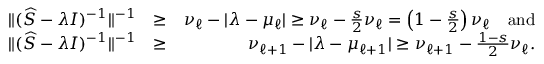
\begin{array} { r l r } { \| ( \widehat S - \lambda I ) ^ { - 1 } \| ^ { - 1 } } & { \geq } & { \nu _ { \ell } - | \lambda - \mu _ { \ell } | \geq \nu _ { \ell } - \frac { s } { 2 } \nu _ { \ell } = \left( 1 - \frac { s } { 2 } \right) \nu _ { \ell } \quad \mathrm { a n d } } \\ { \| ( \widehat S - \lambda I ) ^ { - 1 } \| ^ { - 1 } } & { \geq } & { \nu _ { \ell + 1 } - | \lambda - \mu _ { \ell + 1 } | \geq \nu _ { \ell + 1 } - \frac { 1 - s } { 2 } \nu _ { \ell } . } \end{array}